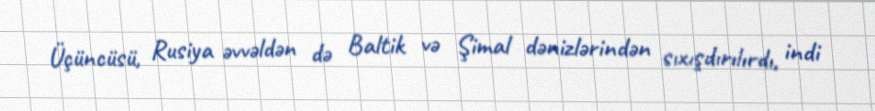
Üçüncüsü, Rusiya əvvəldən də Baltik və Şimal dənizlərindən sıxışdırılırdı, indi